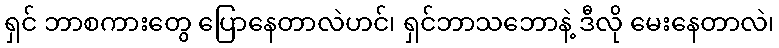
ရှင် ဘာစကားတွေ ပြောနေတာလဲဟင်၊ ရှင်ဘာသဘောနဲ့ ဒီလို မေးနေတာလဲ၊